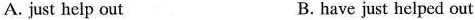
A.just help out B.have just helped out